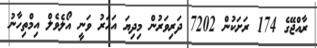
ރާއްޖޭގެ 174 ރަށަކުން 7202 ދަރިވަރުން މިދިޔަ އަހަރު ވަނީ އޯލެވެލް އިމްތިހާނު